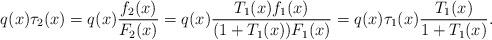
LaTeX: \begin{align*}q(x)\tau_2(x)=q(x)\frac{f_2(x)}{F_2(x)} =q(x)\frac{T_1(x)f_1(x)}{(1+T_1(x))F_1(x)} =q(x)\tau_1(x)\frac{T_1(x)}{1+T_1(x)}.\end{align*}